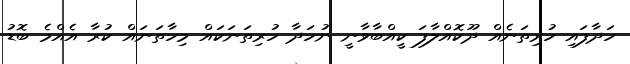
ހަދާފައި ހުރިތަނެއް ދޫކޮއްލާފަ ކީއްބާވާނީ ނުހަދާ ހުރިތަނަކައް މިހާތަނައް ކުރާ އެއްމެ ބޮޑު